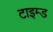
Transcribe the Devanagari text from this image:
टाइम्ड